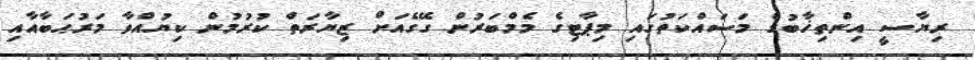
ރިޔާސީ އިންތިޚާބުގެ މަސައްކަތުގައި މިޕާޓިގެ މެމްބަރުން ގޭގެއަށް ޒިޔާރަތް ކުރުމުން ކިޔުއްވާ މަރުޙަބާއާއި